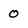
Character: 0